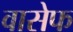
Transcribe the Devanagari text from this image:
वासेफ